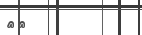
٥٠